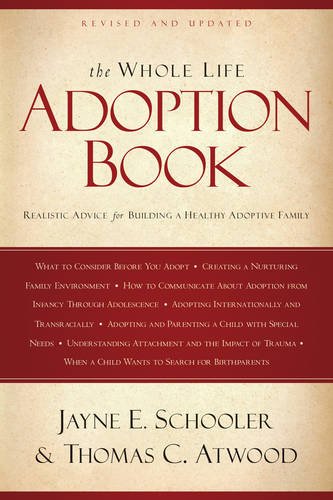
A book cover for The Whole Life Adoption Book: Realistic Advice for Building a Healthy Adoptive Family; Thomas Atwood; Parenting & Relationships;